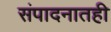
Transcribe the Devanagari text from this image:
संपादनातही